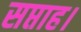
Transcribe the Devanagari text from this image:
सप्ताह।